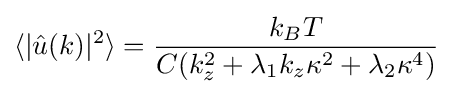
\langle |{\hat {u}}(k)|^{2}\rangle ={\frac {k_{B}T}{C(k_{z}^{2}+\lambda _{1}k_{z}\kappa ^{2}+\lambda _{2}\kappa ^{4})}}